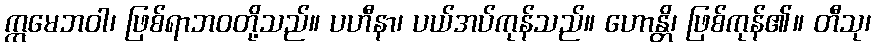
ဣမေဘဝါ၊ ဖြစ်ရာဘဝတို့သည်။ ပဟီနာ၊ ပယ်အပ်ကုန်သည်။ ဟောန္တိ၊ ဖြစ်ကုန်၏။ တီသု၊